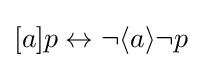
[a]p\leftrightarrow \neg \langle a\rangle \neg p\,\!